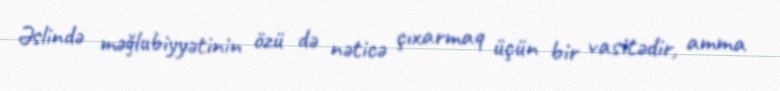
Əslində məğlubiyyətinin özü də nəticə çıxarmaq üçün bir vasitədir, amma